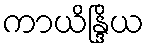
ကာယိန္ဒြိယ